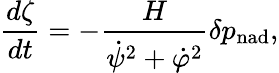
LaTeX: \frac{d\zeta}{dt}=-\frac{H}{\dot{\psi}^{2}+\dot{\varphi}^{2}}\delta p_{\mathrm{nad}},